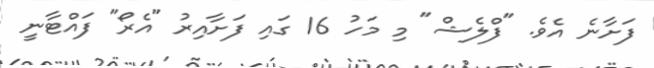
ފަށާނެ އެވެ. "ފްލެޝް" މި މަހު 16 ގައި ފަށާއިރު "އެރޯ" ފައްޓާނީ